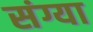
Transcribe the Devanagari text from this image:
संग्या